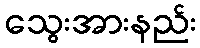
သွေးအားနည်း